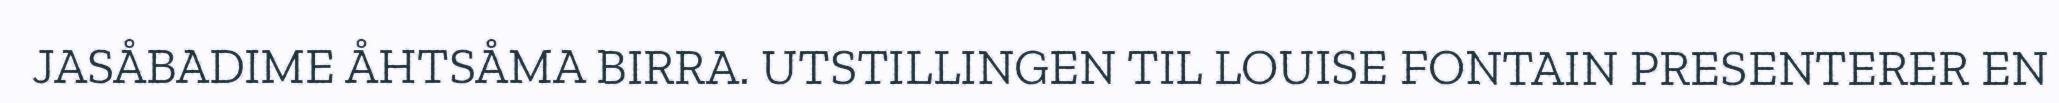
JASÅBADIME ÅHTSÅMA BIRRA. UTSTILLINGEN TIL LOUISE FONTAIN PRESENTERER EN